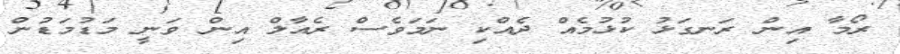
ރޯމާ އިން ރަނގަޅު ކުޅުމެއް ދެއްކި ނަމަވެސް ރެއާލް އިން ވަނީ މަޑުމަޑުން